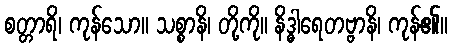
စတ္တာရိ၊ ကုန်သော။ သစ္စာနိ၊ တို့ကို။ နိဒ္ဓါရေတဗ္ဗာနိ၊ ကုန်၏။